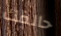
حالفك